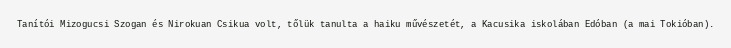
Tanítói Mizogucsi Szogan és Nirokuan Csikua volt, tőlük tanulta a haiku művészetét, a Kacusika iskolában Edóban (a mai Tokióban).